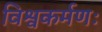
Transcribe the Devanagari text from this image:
विश्वकर्मणः